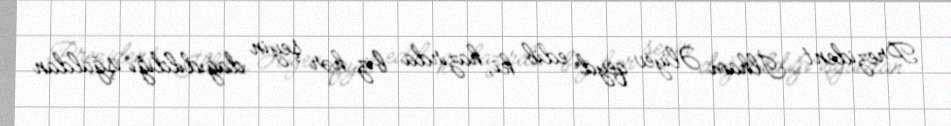
Prezident İlham Əliyev qeyd edib ki, hazırda biz hər şeyin dağıdıldığı işğaldan